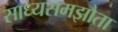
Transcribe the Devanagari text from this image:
साध्यसमझौता